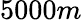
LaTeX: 5000m